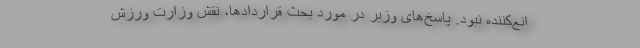
انع‌کننده نبود. پاسخ‌های وزیر در مورد بحث قراردادها، نقش وزارت ورزش